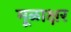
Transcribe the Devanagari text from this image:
मूळाक्षर